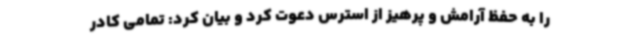
را به حفظ آرامش و پرهیز از استرس دعوت کرد و بیان کرد: تمامی کادر